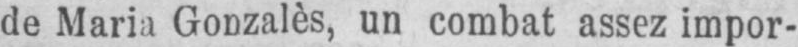
de Maria Gonzalès, un combat assez impor-